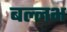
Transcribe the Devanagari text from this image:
बल्‍लभ